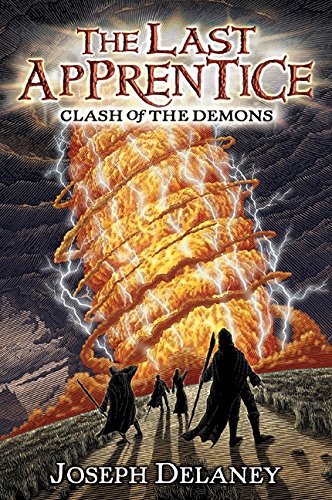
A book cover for The Last Apprentice: Clash of the Demons (Book 6); Joseph Delaney; Teen & Young Adult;